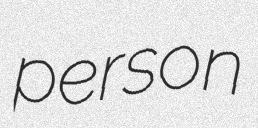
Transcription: person